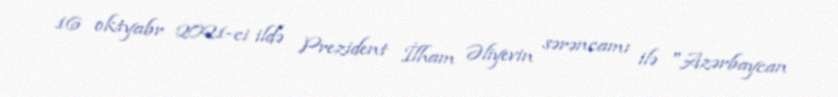
16 oktyabr 2021-ci ildə Prezident İlham Əliyevin sərəncamı ilə "Azərbaycan